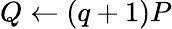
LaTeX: Q\leftarrow(q+1)P